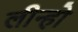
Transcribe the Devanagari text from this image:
लीन्हो